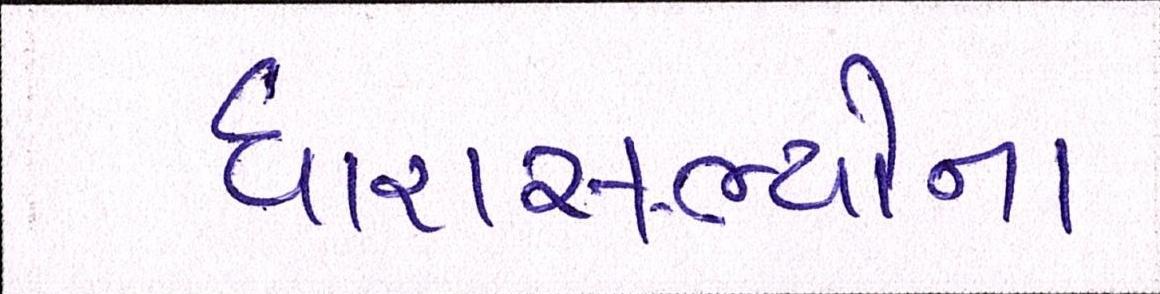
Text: ધારાસભ્યોના